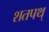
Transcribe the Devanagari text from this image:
शतपथ्